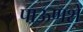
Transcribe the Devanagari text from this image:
पाऊणशे